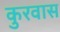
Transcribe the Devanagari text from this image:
कुरवास